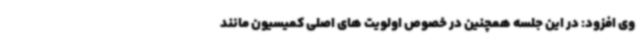
وی افزود: در این جلسه همچنین در خصوص اولویت های اصلی کمیسیون مانند